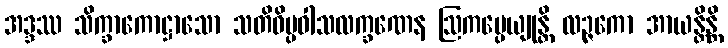
အဒ္ဒဿ သိက္ခာကောဋ္ဌာသော သတိဝိပ္ပဝါသလက္ခဏေန ဩကပ္ပေယျုန္တိ လဉ္ဇကော အာယန္တိန္တိ